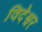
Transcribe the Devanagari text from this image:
विदेश्वर